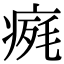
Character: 𤷋